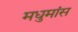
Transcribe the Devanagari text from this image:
मधुमांस